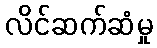
လိင်ဆက်ဆံမှု